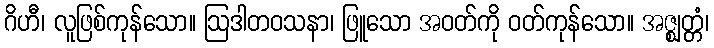
ဂိဟီ၊ လူဖြစ်ကုန်သော။ ဩဒါတဝသနာ၊ ဖြူသော အဝတ်ကို ဝတ်ကုန်သော။ အဇ္ဈတ္တံ၊